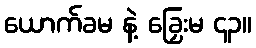
ယောက်ခမ နဲ့ ခြှေးမ ၄၃။